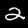
Digit: 2